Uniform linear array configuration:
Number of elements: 32
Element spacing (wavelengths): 0.75
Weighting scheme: uniform
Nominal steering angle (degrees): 30
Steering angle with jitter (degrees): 30.38
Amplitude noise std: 0.05
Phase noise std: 0.05

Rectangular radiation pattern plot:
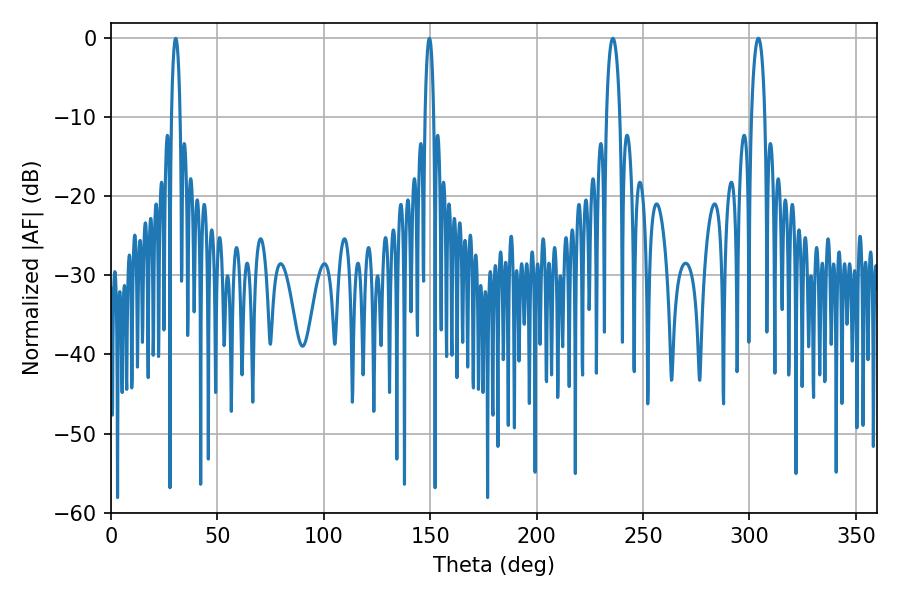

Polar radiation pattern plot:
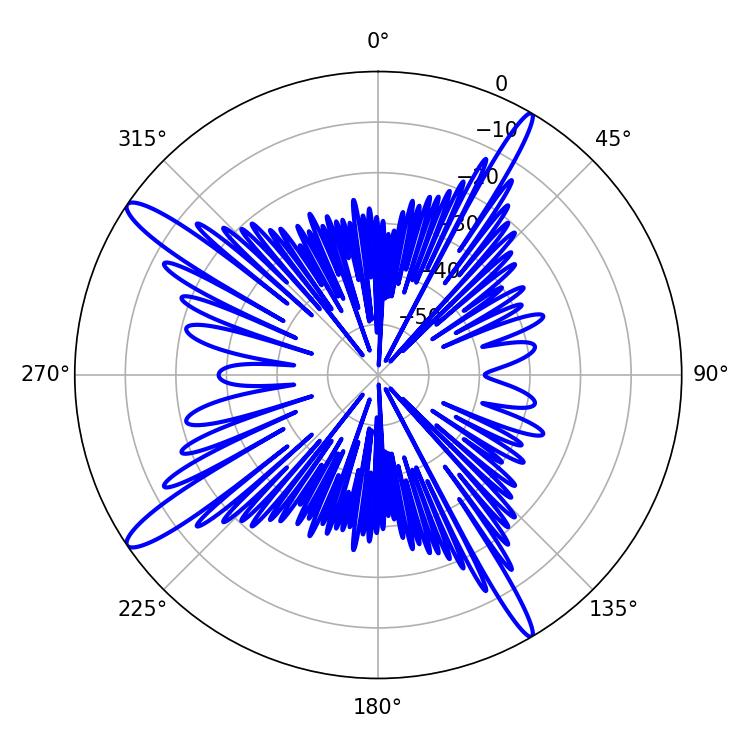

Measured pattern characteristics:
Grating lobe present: TRUE
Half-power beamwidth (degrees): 3.6
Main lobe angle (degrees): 235.8